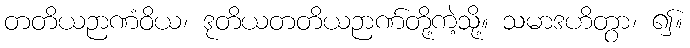
တတိယဉာဏံဝိယ၊ ဒုတိယတတိယဉာဏ်တို့ကဲ့သို့။ သမာဒဟိတွာ၊ ၍။